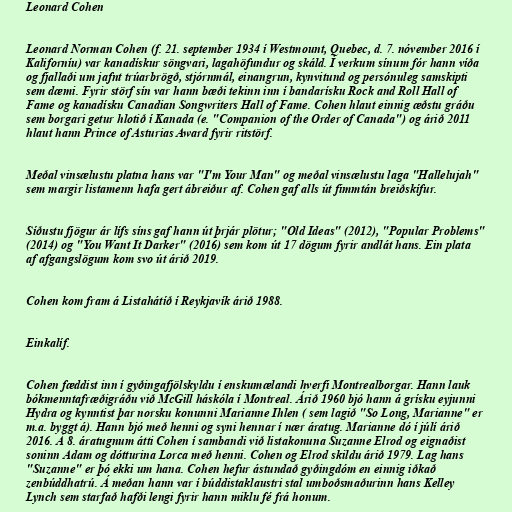
Leonard Cohen

Leonard Norman Cohen (f. 21. september 1934 í Westmount, Quebec, d. 7. nóvember 2016 í
Kaliforníu) var kanadískur söngvari, lagahöfundur og skáld. Í verkum sínum fór hann víða
og fjallaði um jafnt trúarbrögð, stjórnmál, einangrun, kynvitund og persónuleg samskipti
sem dæmi. Fyrir störf sín var hann bæði tekinn inn í bandarísku Rock and Roll Hall of
Fame og kanadísku Canadian Songwriters Hall of Fame. Cohen hlaut einnig æðstu gráðu
sem borgari getur hlotið í Kanada (e. "Companion of the Order of Canada") og árið 2011
hlaut hann Prince of Asturias Award fyrir ritstörf.

Meðal vinsælustu platna hans var "I'm Your Man" og meðal vinsælustu laga "Hallelujah"
sem margir listamenn hafa gert ábreiður af. Cohen gaf alls út fimmtán breiðskífur.

Síðustu fjögur ár lífs síns gaf hann út þrjár plötur; "Old Ideas" (2012), "Popular Problems"
(2014) og "You Want It Darker" (2016) sem kom út 17 dögum fyrir andlát hans. Ein plata
af afgangslögum kom svo út árið 2019.

Cohen kom fram á Listahátíð í Reykjavík árið 1988.

Einkalíf.

Cohen fæddist inn í gyðingafjölskyldu í enskumælandi hverfi Montrealborgar. Hann lauk
bókmenntafræðigráðu við McGill háskóla í Montreal. Árið 1960 bjó hann á grísku eyjunni
Hydra og kynntist þar norsku konunni Marianne Ihlen ( sem lagið "So Long, Marianne" er
m.a. byggt á). Hann bjó með henni og syni hennar í nær áratug. Marianne dó í júlí árið
2016. Á 8. áratugnum átti Cohen í sambandi við listakonuna Suzanne Elrod og eignaðist
soninn Adam og dótturina Lorca með henni. Cohen og Elrod skildu árið 1979. Lag hans
"Suzanne" er þó ekki um hana. Cohen hefur ástundað gyðingdóm en einnig iðkað
zenbúddhatrú. Á meðan hann var í búddistaklaustri stal umboðsmaðurinn hans Kelley
Lynch sem starfað hafði lengi fyrir hann miklu fé frá honum.